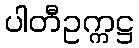
ပါတီဥက္ကဋ္ဌ